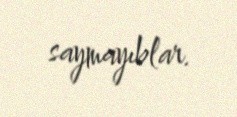
saymayıblar.